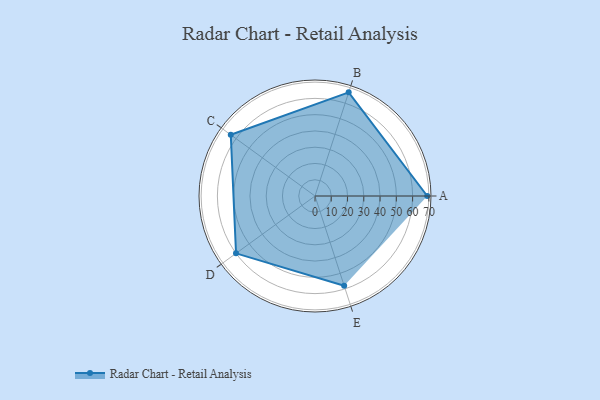
{"axis": {"x": "Skill", "y": "Score"}, "legend": ["Profile"], "data": [{"x": "A", "y": 69.0, "type": "Profile"}, {"x": "B", "y": 67.0, "type": "Profile"}, {"x": "C", "y": 64.0, "type": "Profile"}, {"x": "D", "y": 60.0, "type": "Profile"}, {"x": "E", "y": 58.0, "type": "Profile"}]}